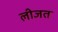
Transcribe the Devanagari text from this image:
लीजत